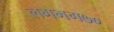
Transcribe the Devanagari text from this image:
लगभग७०